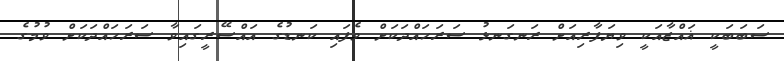
ސަބަބަކީ ޣައްޒާއަކީ ވިޔަފާރިއަށް ރަނގަނޅު ސަރަހައްދަކަށް ވެފައި ކަނޑުގެ އައްސޭރީގައިވާ ސަރަހައްދަކަށް ވުމުގެ